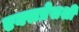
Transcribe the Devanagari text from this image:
एक्सप्रेसशी